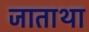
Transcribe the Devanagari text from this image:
जाताथा